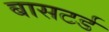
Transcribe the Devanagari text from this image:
बासटर्ड